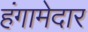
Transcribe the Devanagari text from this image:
हंगामेदार